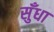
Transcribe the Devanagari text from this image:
सुँधा